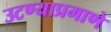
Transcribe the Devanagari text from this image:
उटण्याप्रमाणे